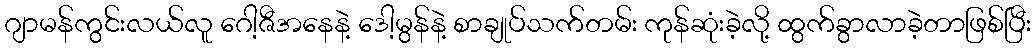
ဂျာမန်ကွင်းလယ်လူ ဂေါ့ဇီအနေနဲ့ ဒေါ့မွန်နဲ့ စာချုပ်သက်တမ်း ကုန်ဆုံးခဲ့လို့ ထွက်ခွာလာခဲ့တာဖြစ်ပြီး